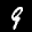
Label: 9